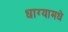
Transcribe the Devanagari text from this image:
धाग्यामधे